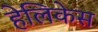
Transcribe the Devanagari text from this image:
हेलिकेस